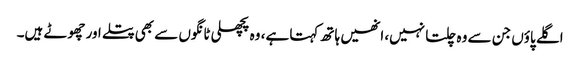
اگلے پاؤں جن سے وہ چلتا نہیں، انھیں ہاتھ کہتا ہے، وہ پچھلی ٹانگوں سے بھی پتلے اور چھوٹے ہیں۔